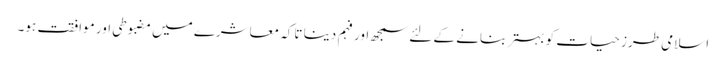
اسلامی طرز حیات کو بہتر بنانے کے لئے سمجھ اور فہم دینا تاکہ معاشرے میں مضبوطی اور موافقت ہو۔